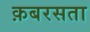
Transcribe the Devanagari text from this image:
क़बरसता